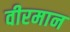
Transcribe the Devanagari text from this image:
वीरमान